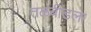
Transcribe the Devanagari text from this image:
तळबीडला